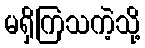
မရှိကြသကဲ့သို့